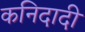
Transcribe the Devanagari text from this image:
कनिदादी